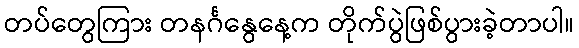
တပ်တွေကြား တနင်္ဂနွေနေ့က တိုက်ပွဲဖြစ်ပွားခဲ့တာပါ။